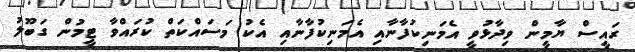
ރައީސް ޔާމީން ވިދާޅުވީ އެމަނިކުފާނާއި އެމަނިކުފާނާއި އެކު މަސައްކަތް ކުރައްވާ ޓީމުން ގަބޫލު